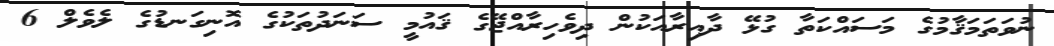
ނުވަތަމަޤާމުގެ މަސައްކަތާ ގުޅޭ ދާއިރާއަކުން ދިވެހިރާއްޖޭގެ ޤައުމީ ސަނަދުތަކުގެ އޮނިގަނޑުގެ ލެވެލް 6